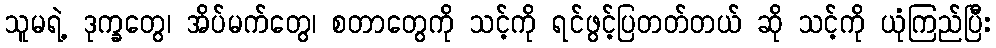
သူမရဲ့ ဒုက္ခတွေ၊ အိပ်မက်တွေ၊ စတာတွေကို သင့်ကို ရင်ဖွင့်ပြတတ်တယ် ဆို သင့်ကို ယုံကြည်ပြီး